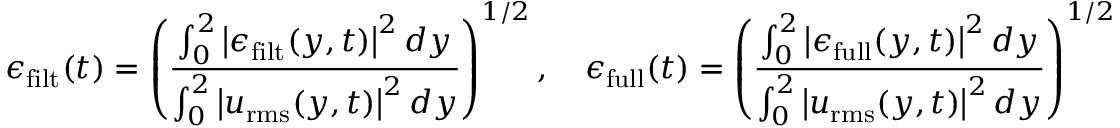
\epsilon _ { \mathrm { f i l t } } ( t ) = \left( \frac { \int _ { 0 } ^ { 2 } \left| \boldsymbol { \epsilon } _ { \mathrm { f i l t } } ( y , t ) \right| ^ { 2 } d y } { \int _ { 0 } ^ { 2 } \left| \boldsymbol { u } _ { \mathrm { r m s } } ( y , t ) \right| ^ { 2 } d y } \right) ^ { 1 / 2 } , \quad \epsilon _ { \mathrm { f u l l } } ( t ) = \left( \frac { \int _ { 0 } ^ { 2 } \left| \boldsymbol { \epsilon } _ { \mathrm { f u l l } } ( y , t ) \right| ^ { 2 } d y } { \int _ { 0 } ^ { 2 } \left| \boldsymbol { u } _ { \mathrm { r m s } } ( y , t ) \right| ^ { 2 } d y } \right) ^ { 1 / 2 } ,